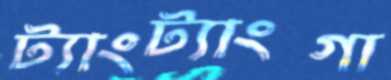
ট্যাংট্যাংগা